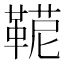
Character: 𩋪